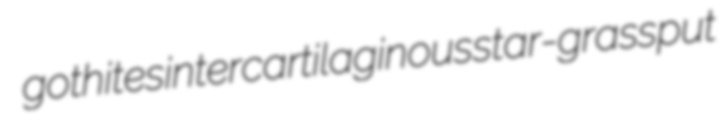
gothites intercartilaginous star-grass put